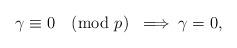
LaTeX: \begin{align*} \gamma \equiv 0 \pmod{p} \; \; \Longrightarrow \;\gamma = 0,\end{align*}